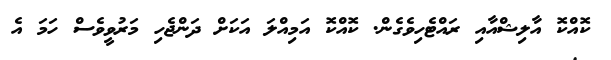
ކޮއްކޮ އާލިޝްއާއި ރައްޓެހިވެގެން. ކޮއްކޮ އަމިއްލަ އަކަށް ދަންޖެހި މަރުވީވެސް ހަމަ އެ